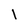
Character: l